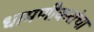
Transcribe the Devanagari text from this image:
धामणीकरांचा